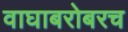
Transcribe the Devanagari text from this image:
वाघाबरोबरच